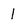
Character: 1